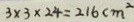
3 \times 3 \times 2 4 = 2 1 6 c m ^ { 2 }